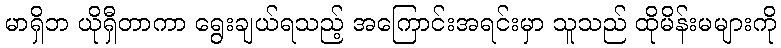
မာရှိဘ ယိုရှီတာကာ ရွေးချယ်ရသည့် အကြောင်းအရင်းမှာ သူသည် ထိုမိန်းမများကို